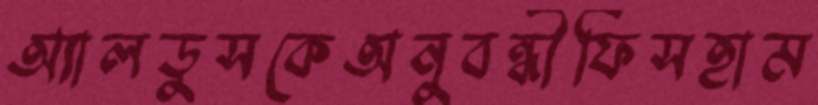
অ্যালডুসকেঅনুবন্ধীফিসহাম